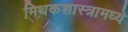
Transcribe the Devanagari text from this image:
मिथकशास्त्रामध्ये